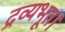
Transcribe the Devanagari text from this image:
द्रव्यभूत।